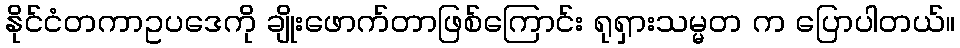
နိုင်ငံတကာဥပဒေကို ချိုးဖောက်တာဖြစ်ကြောင်း ရုရှားသမ္မတ က ပြောပါတယ်။